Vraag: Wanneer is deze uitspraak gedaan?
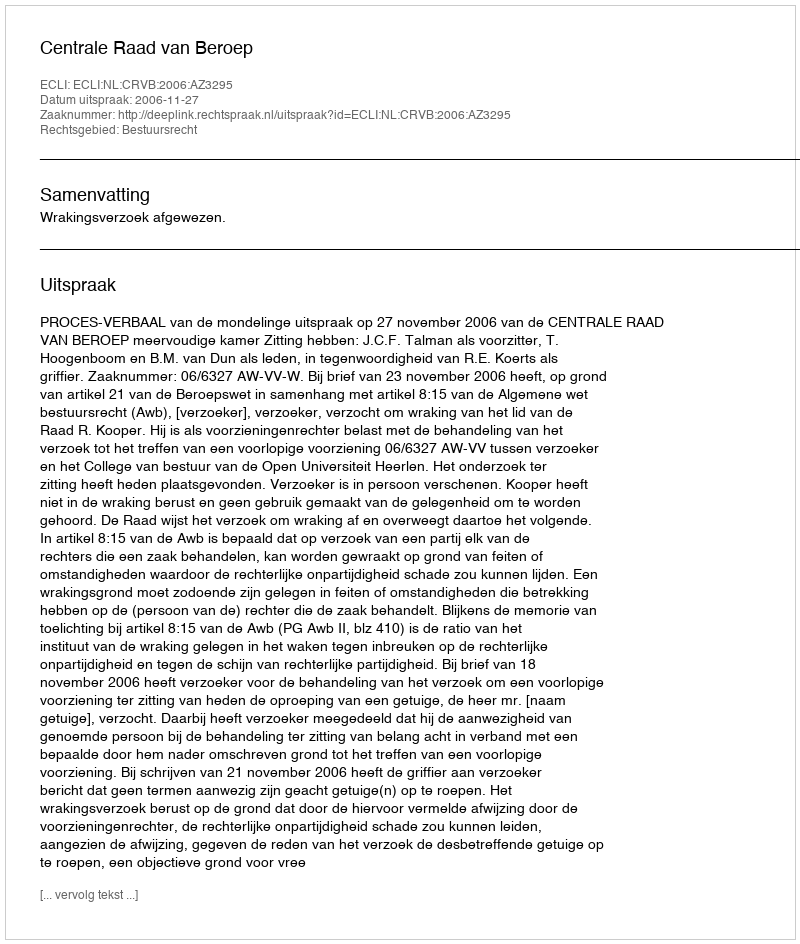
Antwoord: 2006-11-27